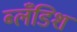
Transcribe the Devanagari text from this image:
ब्लँडिश